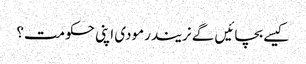
کیسے بچائیں گے نریندرمودی اپنی حکومت؟